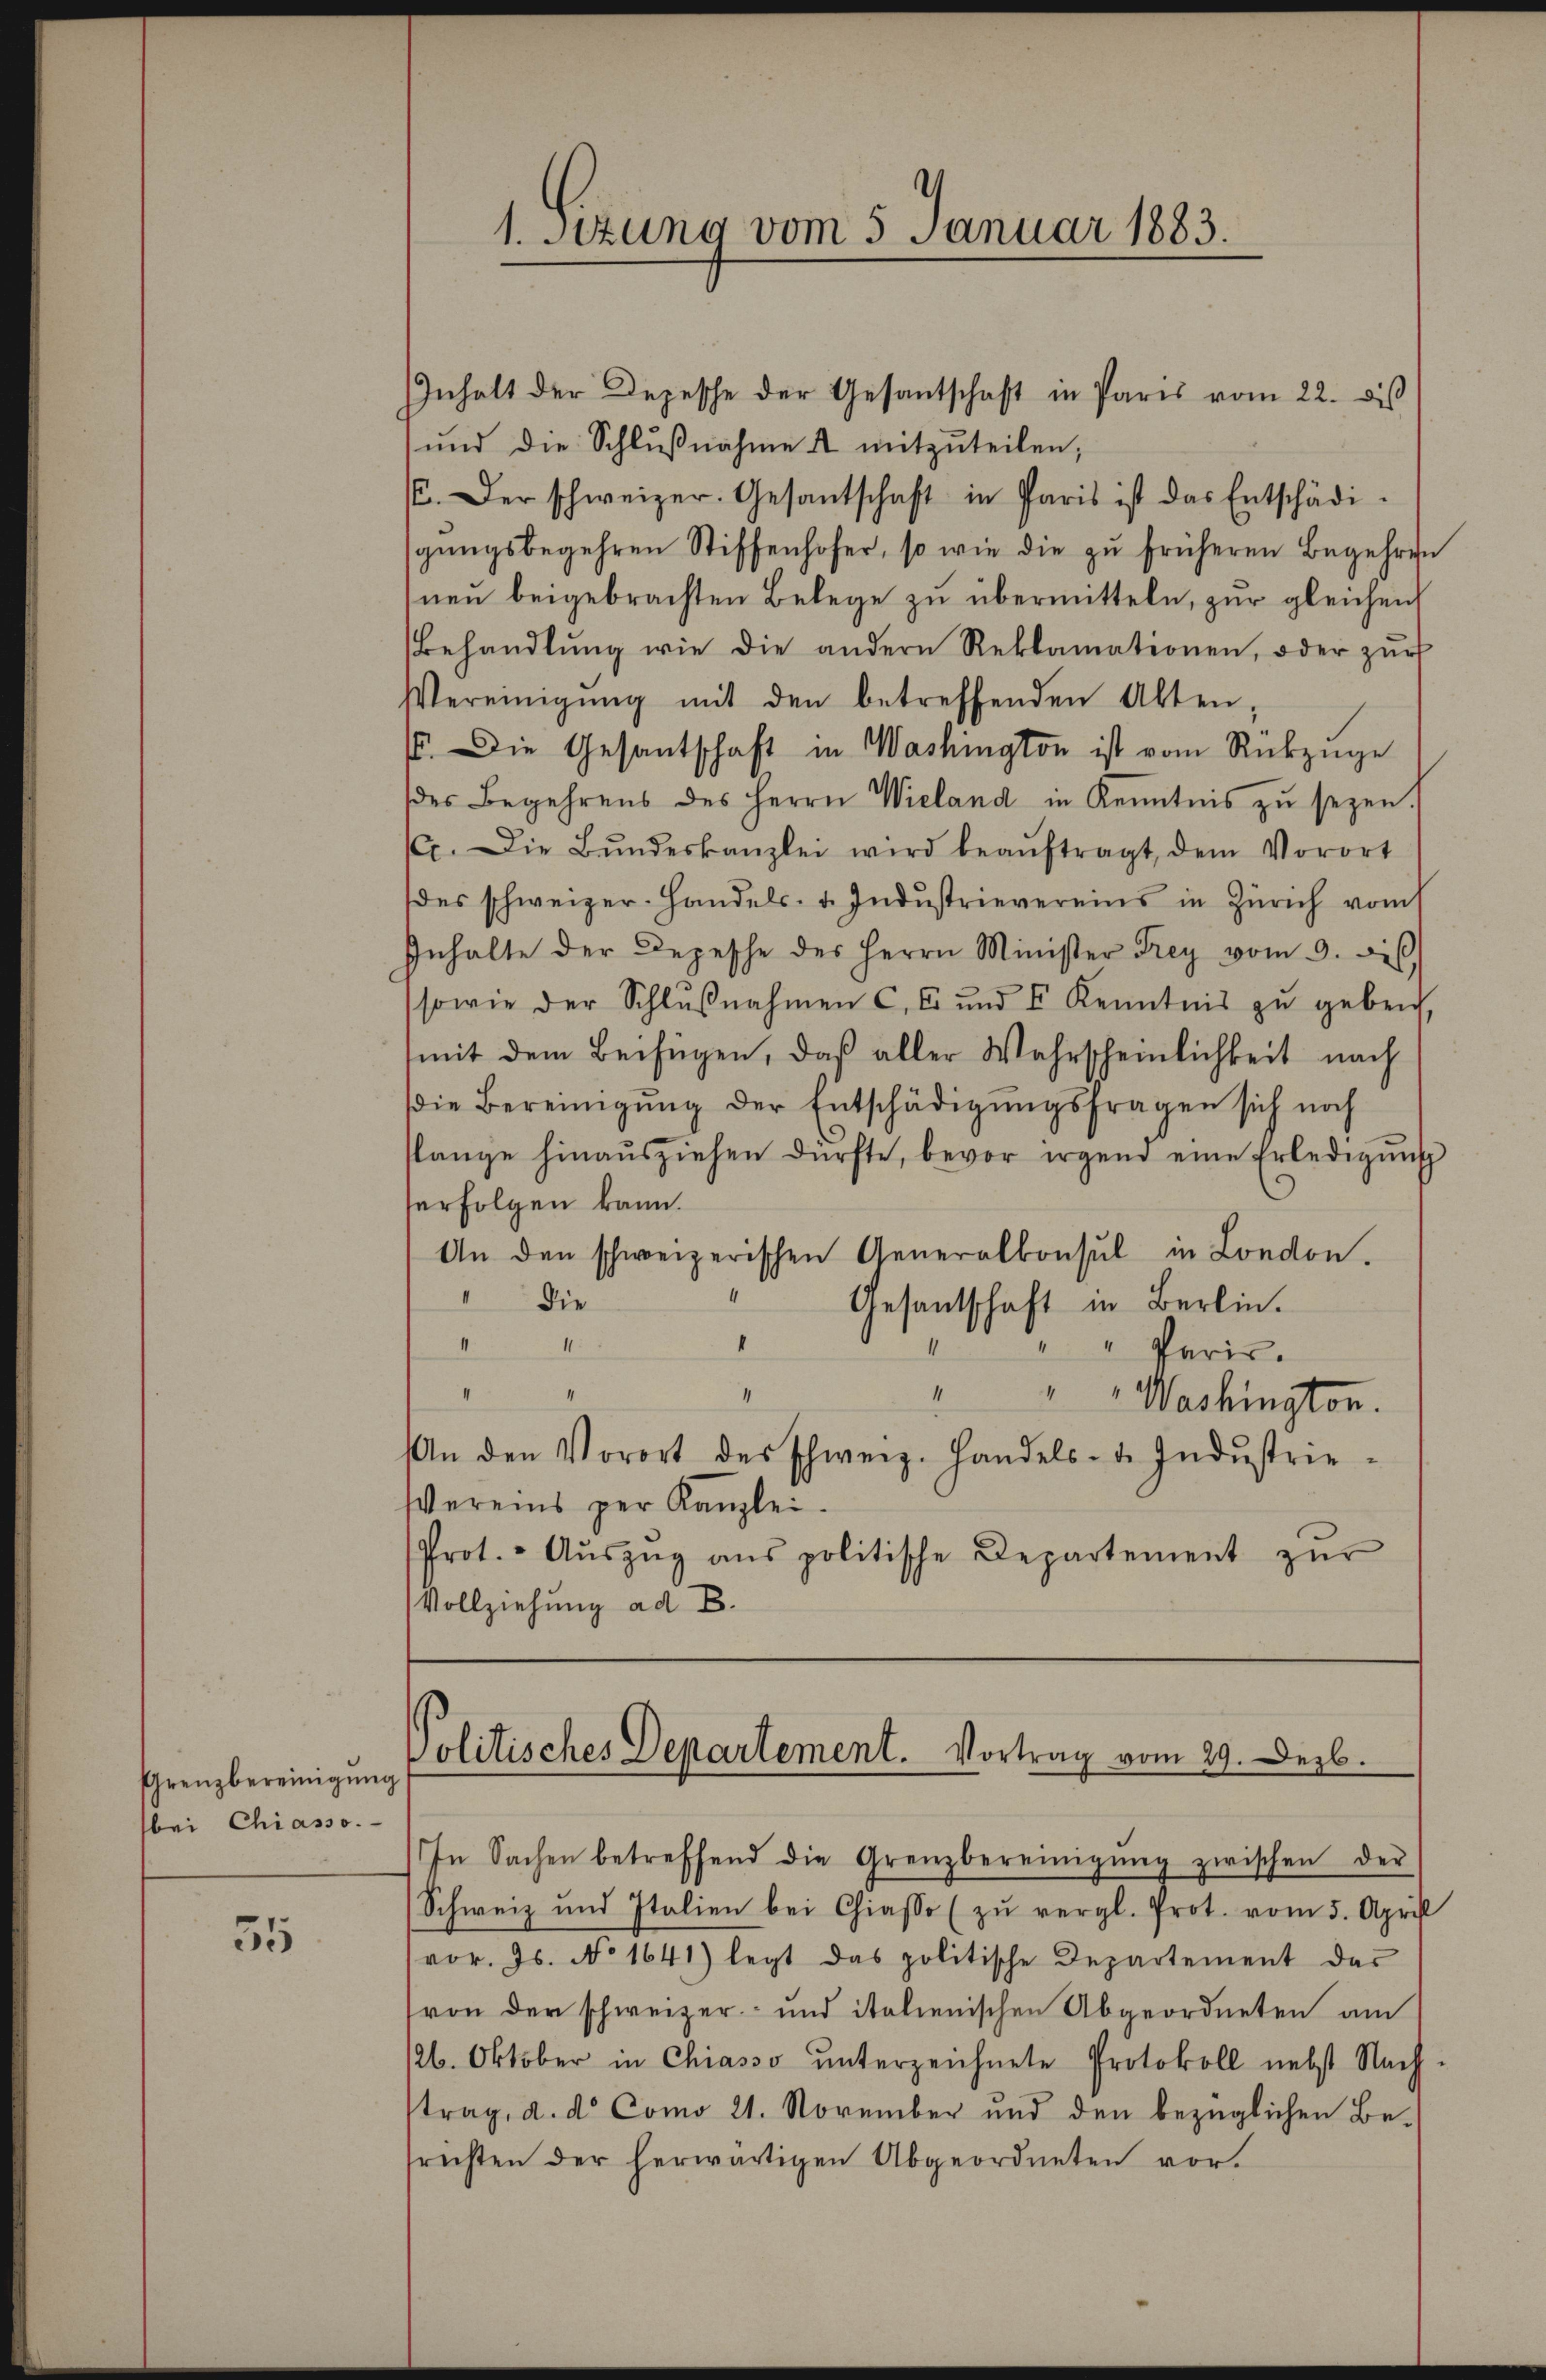
Grenzbereinigung
bei Chiasso.

55

Inhalt der Depesche der Gesantschaft in Paris vom 22. dis
und die Schlŭβnahme & mitzuteilen,
(. Der schweizer. Gesantschaft in Paris ist das Entschädi-
gŭngsbegehren Stiffenhofer, so wie die zu früheren Begehren
neu beigebrachten Belege zu übermitteln, zur gleichen
Behandlŭng wie die andern Reklamationen, oder zŭr
Vereinigŭng mit den betreffenden Akten,
. Die Gesantschaft in Washington ist vom Rückzuge
des Begehrens des Herrn Wieland in Kenntnis zŭ sezen.
1. Die Bŭndeskanzlei wird beaŭftragt, dem Vorort
(des schweizer-Handels- u. Industrievereins in Zürich vom 1
Inhalte der Depesche des Herrn Minister Frey vom 9. des
sowie der Schlŭβnahmen C. Er und I Kenntnis zu geben,
mit dem Beifügen, daß aller Wahrscheinlichkeit nach
die Bereinigŭng der Entschädigŭngsfragen sich noch
slange hinaŭsziehen dürfte, bevor irgend eine Erledigŭng
erfolgen kann.
An den schweizerischen Generalkonsul in London.
 Die
Gesandtschaft in Berlin.
I
.
" Paris.
I
Washington.
An den Vorort des Schweiz. Handels- u. Indŭstrie¬
Vereins per Kanzlei.
Prot. - Aŭszŭg ans politische Departement zŭr
Vollziehung ad B.

1. Sizung vom 5. Januar 1883.

Politisches Departement. Vortrag vom 29. Dezb.

In Sachen betreffend die Grenzbereinigung zwischen der
Schweiz und Italien bei Chiasso (zŭ vergl. Prot. vom 5. April
vor. Js. No 1641) legt das politische Departement der
(von der schweizer- und italienischen Abgeordneten am
b. Oktober in Chiasso ŭnterzeichnete Protokoll nebst Nach-
trag, d. d. Como 21. November und den bezüglichen Be-
srechten der herwärtigen Abgeordneten vor¬